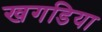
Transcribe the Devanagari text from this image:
खगडिया